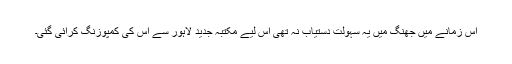
اس زمانے میں جھنگ میں یہ سہولت دستیاب نہ تھی اس لیے مکتبہ جدید لاہور سے اس کی کمپوزنگ کرائی گئی۔